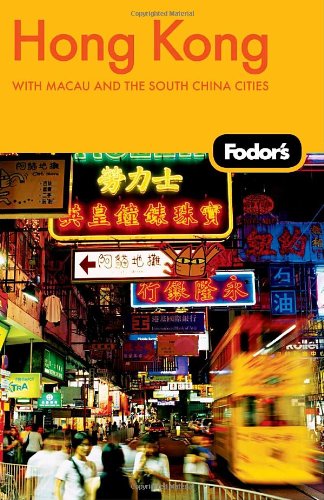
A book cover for Fodor's Hong Kong, 21st Edition: With Macau and the South China Cities (Travel Guide); Fodor's; Travel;